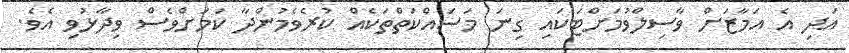
އަދި އެ އަމާޒަށް ވާސިލްވުމަށްޓަކައި ގިނަ މަސައްކަތްތަކެއް ކުރެވެމުންދާ ކަމަށްވެސް ވިދާޅުވި އެވެ.